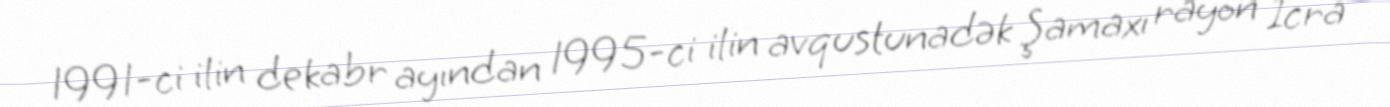
1991-ci ilin dekabr ayından 1995-ci ilin avqustunadək Şamaxı rayon İcra